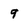
Character: 9